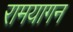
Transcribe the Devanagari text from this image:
रामयागन